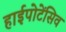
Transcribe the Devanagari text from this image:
हाईपोटेंसिव